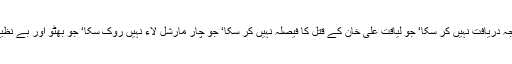
میں آج تک وجہ نہیں جان سکا‘یہ نظام جو قائداعظم محمد علی جناح کے انتقال کی وجہ دریافت نہیں کر سکا‘ جو لیاقت علی خان کے قتل کا فیصلہ نہیں کر سکا‘ جو چار مارشل لاء نہیں روک سکا‘ جو بھٹو اور بے نظیر بھٹو کو انصاف نہیں دے سکا اور جو اپنے ججوں کے ساتھ انصاف نہیں کر پا رہا!